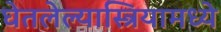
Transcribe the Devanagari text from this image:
घेतलेल्यास्त्रियामध्ये